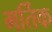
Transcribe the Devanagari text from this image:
मर्तिक